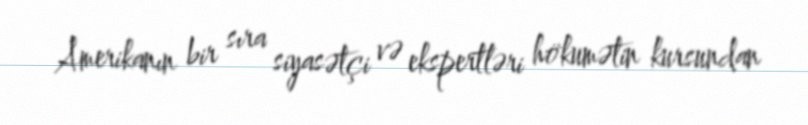
Amerikanın bir sıra siyasətçi və ekspertləri hökumətin kursundan